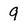
Character: 9